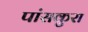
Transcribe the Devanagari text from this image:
पांसकुरा